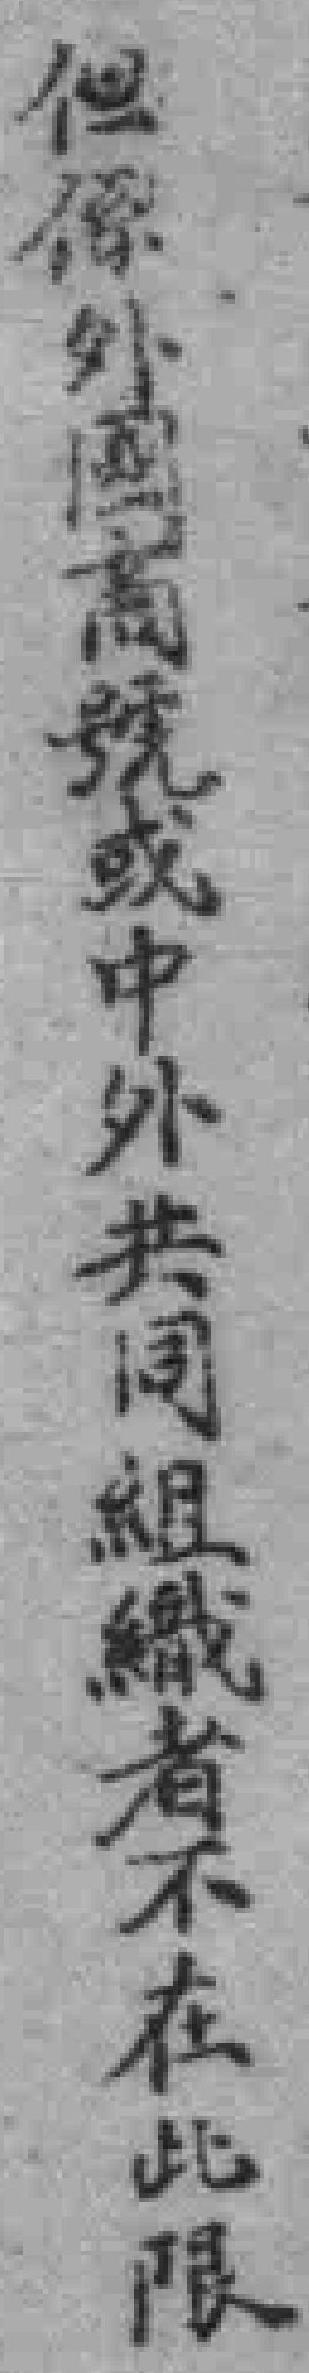
但係外國商號或中外共同組織者不在此限